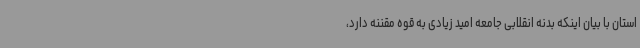
استان با بیان اینکه بدنه انقلابی جامعه امید زیادی به قوه مقننه دارد،